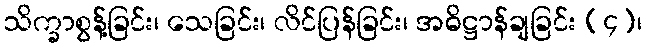
သိက္ခာစွန့်ခြင်း၊ သေခြင်း၊ လိင်ပြန်ခြင်း၊ အဓိဋ္ဌာန်ချခြင်း (၄)၊